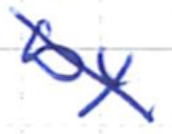
Text: by
Cross-out: diagonal
Writing tool: ballpoint